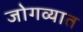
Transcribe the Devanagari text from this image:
जोगव्यात